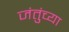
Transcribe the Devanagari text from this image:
जंतुंच्या